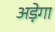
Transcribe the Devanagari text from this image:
अड़ेगा